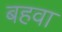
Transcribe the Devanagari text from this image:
बहवा